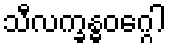
သီလက္ခန္ဓဝဂ္ဂေါ